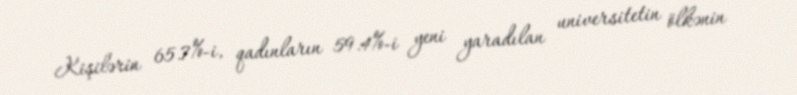
Kişilərin 65.7%-i, qadınların 59.4%-i yeni yaradılan universitetin ölkənin